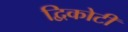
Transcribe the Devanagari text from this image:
द्विकोटी